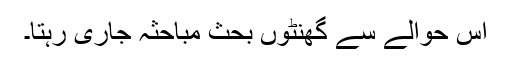
اس حوالے سے گھنٹوں بحث مباحثہ جاری رہتا۔